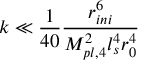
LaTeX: k \ll \frac { 1 } { 4 0 } \frac { r _ { i n i } ^ { 6 } } { M _ { p l , 4 } ^ { 2 } l _ { s } ^ { 4 } r _ { 0 } ^ { 4 } }